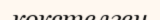
кокстелген